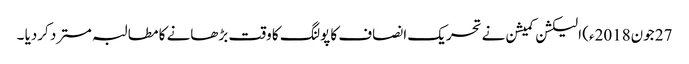
27 جون2018ء) الیکشن کمیشن نے تحریک انصاف کا پولنگ کا وقت بڑھانے کا مطالبہ مسترد کردیا ۔